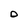
Character: D